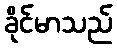
ခိုင်မာသည်